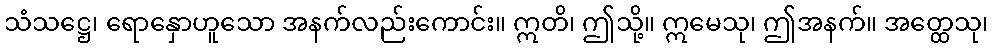
သံသဋ္ဌေ၊ ရောနှောဟူသော အနက်လည်းကောင်း။ ဣတိ၊ ဤသို့။ ဣမေသု၊ ဤအနက်။ အတ္ထေသု၊